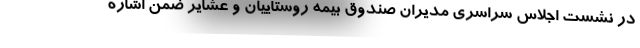
در نشست اجلاس سراسری مدیران صندوق بیمه روستاییان و عشایر ضمن اشاره